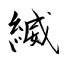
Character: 縅